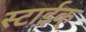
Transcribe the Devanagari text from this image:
स्टाईक्